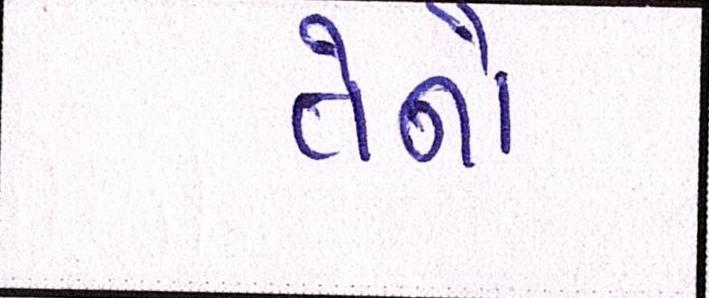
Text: તેનો